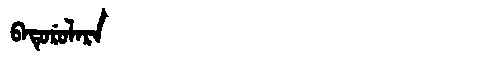
Manchu: ᠪᠠᡨᡠᡵᡠᠯᠠᡵᠠ
Romanization: BATURULARA